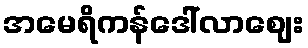
အမေရိကန်ဒေါ်လာဈေး